Leaving Certificate Examination, 1913
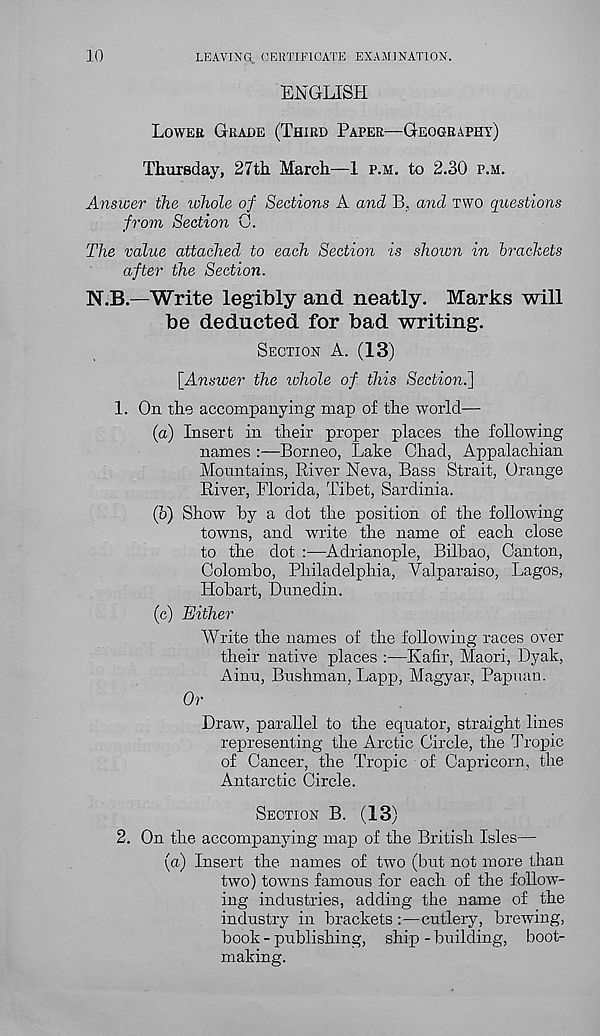
10
LEAVING. CERTIFICATE EXAMINATION.
ENGLISH
LOWEE GRADE (THIRD PAPER—GEOGRAPHY)
Thursday, 27th March—1 P.M. to 2.30 P.M.
Answer the whole of Sections A and B. and TWO questions
from Section 0.
The value attached to each Section is shown in brackets
after the Section.
N.B.—Write legibly and neatly. Marks will
be deducted for bad writing.
SECTION A. (13)
[Answer the ivhole of this Section.]
1. On the accompanying map of the world—
(a) Insert in their proper places the following
names :—Borneo, Lake Chad, Appalachian
Mountains, River Neva, Bass Strait, Orange
River, Florida, Tibet, Sardinia.
(b) Show by a dot the position of the following
towns, and write the name of each close
to the dot :—Adrianople, Bilbao, Canton,
Colombo, Philadelphia, Valparaiso, Lagos,
Hobart, Dunedin.
(c) Either
Write the names of the following races over
their native places :—Kafir, Maori, Dyak,
Ainu, Bushman, Lapp, Magyar, Papuan.
Or
Draw, parallel to the equator, straight lines
representing the Arctic Circle, the Tropic
of Cancer, the Tropic of Capricorn, the
Antarctic Circle.
SECTION B. (13)
2. On the accompanying map of the British Isles—
(a) Insert the names of two (but not more than
two) towns famous for each of the follow-
ing industries, adding the name of the
industry in brackets :—cutlery, brewing,
book - publishing, ship - building, boot-
making.